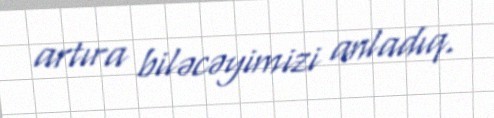
artıra biləcəyimizi anladıq.